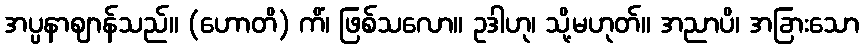
အပ္ပနာဈာန်သည်။ (ဟောတိ) ကိံ၊ ဖြစ်သလော။ ဥဒါဟု၊ သို့မဟုတ်။ အညာပိ၊ အခြားသော